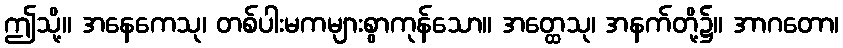
ဤသို့။ အနေကေသု၊ တစ်ပါးမကများစွာကုန်သော။ အတ္ထေသု၊ အနက်တို့၌။ အာဂတော၊